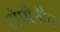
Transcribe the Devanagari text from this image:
टोपीतील